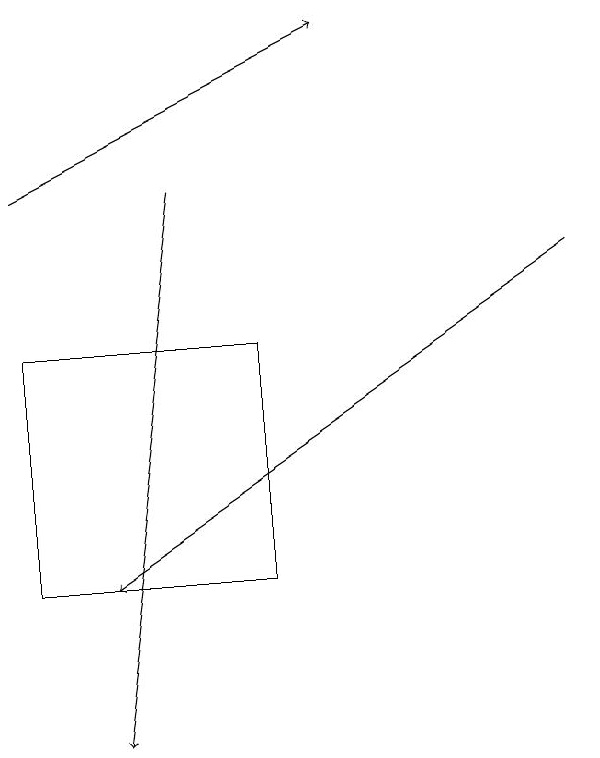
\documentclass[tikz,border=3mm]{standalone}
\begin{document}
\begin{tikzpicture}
\draw[->] (8,16) -- (2,12);
\draw (1,15) rectangle (4,12);
\draw[->] (3,17) -- (2,10);
\draw[->] (1,17) -- (5,19);
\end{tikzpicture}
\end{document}